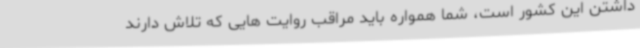
داشتن این کشور است، شما همواره باید مراقب روایت هایی که تلاش دارند